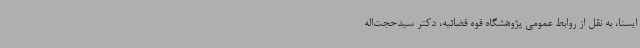
ایسنا، به نقل از روابط عمومی پژوهشگاه قوه قضائیه، دکتر سیدحجت‌اله